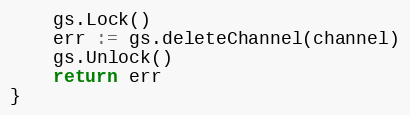
Language: Go
	gs.Lock()
	err := gs.deleteChannel(channel)
	gs.Unlock()
	return err
}